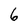
Character: 6